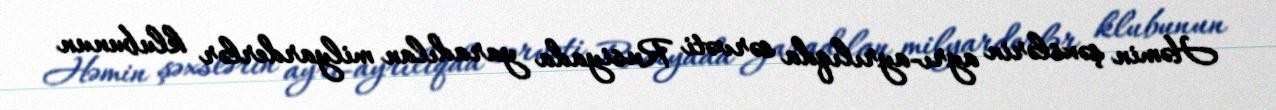
Həmin şəxslərin ayrı-ayrılıqda sərvəti Rusiyada yaradılan milyarderlər klubunun